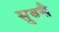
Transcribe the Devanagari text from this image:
सुबसै